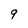
Character: 9